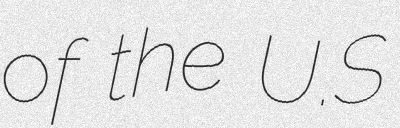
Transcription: of the U.S